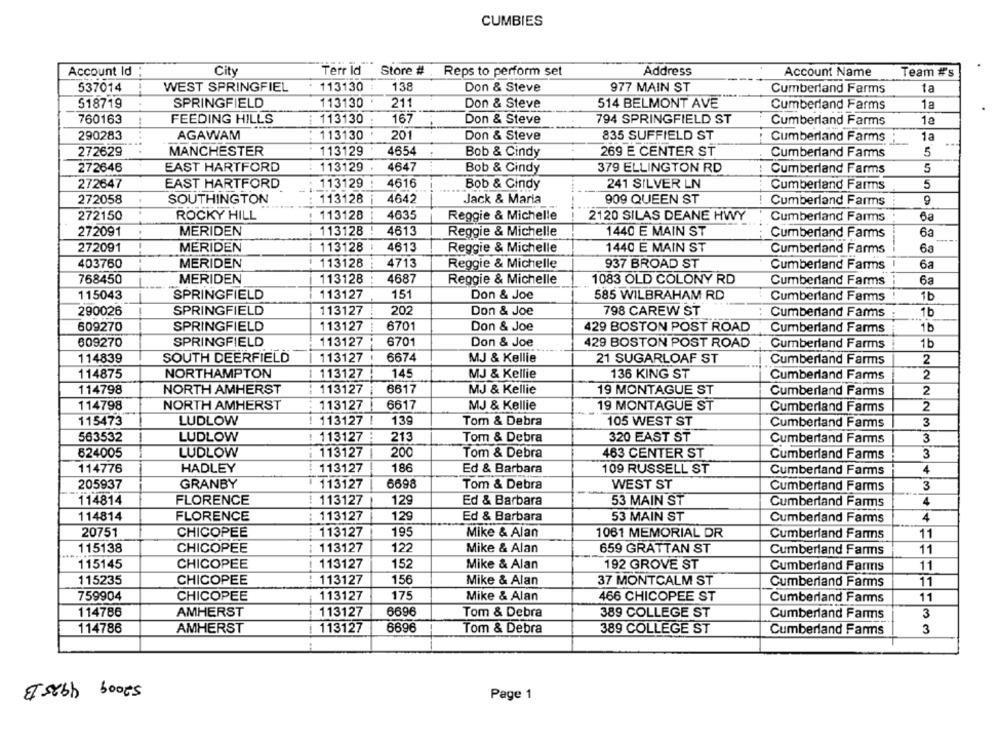
CUMBIES
Account Id
City
Terr Id
Store #
Reps to perform set
Address
Account Name
Team #s
537014
WEST SPRINGFIEL
113130
138
Don & Steve
977 MAIN ST
1a
Cumberland Farms
518719
SPRINGFIELD
113130
Don & Steve
514 BELMONT AVE
1a
211
Cumberland Farms
760163
FEEDING HILLS
113130
Don & Steve
794 SPRINGFIELD ST
167
Cumberland Farms
1ª
290283
AGAWAM
113130
201
Don & Steve
835 SUFFIELD ST
Cumberland Farms
1a
272629
MANCHESTER
113129
4654
Bob & Cindy
269 E CENTER ST
Cumberland Farms
5
272646
EAST HARTFORD
113129
4647
Bob & Cindy
379 ELLINGTON RD
Cumberland Farms
5
272647
EAST HARTFORD
113129
4616
Bob & Cindy
241 SILVER LN
Cumberland Farms
5
272058
SOUTHINGTON
113128
4642
Jack & Maria
909 QUEEN ST
9
Cumberland Farms
272150
ROCKY HILL
113128
4635
Reggie & Michelle
2120 SILAS DEANE HWY
Cumberland Farms
6a
272091
MERIDEN
:113128
4613
Reggie & Michelle
1440 E MAIN ST
Cumberland Farms
63
272091
MERIDEN
113128
4613
Reggie & Michelle
1440 E MAIN ST
Cumberland Farms
6a
403760
MERIDEN
113128
4713
Reggie & Michelle
937 BROAD ST
Cumberland Farms
6a
768450
MERIDEN
113128
4687
Reggie & Michelle
1083 OLD COLONY RD
Cumberland Farms
6a
115043
SPRINGFIELD
113127
151
Don & Joe
585 WILBRAHAM RD
Cumberland Farms
1b
290026
SPRINGFIELD
113127
202
Don & Joe
798 CAREW ST
Cumberland Farms
1b
609270
SPRINGFIELD
113127
6701
Don & Joe
429 BOSTON POST ROAD
Cumberland Farms
1b
609270
SPRINGFIELD
113127
6701
Don & Joe
429 BOSTON POST ROAD
Cumberland Farms
1b
114839
SOUTH DEERFIELD
113127
6674
MJ & Kellie
21 SUGARLOAF ST
Cumberland Farms
2
114875
NORTHAMPTON
113127
145
MJ & Kellie
136 KING ST
Cumberland Farms
2
114798
NORTH AMHERST
113127
6617
MJ & Kellie
19 MONTAGUE ST
Cumberland Farms
2
114798
NORTH AMHERST
113127
6617
MJ & Kellie
19 MONTAGUE ST
Cumberland Farms
2
115473
LUDLOW
113127
139
Tom & Debra
105 WEST ST
Cumberland Farms
3
563532
LUDLOW
113127
213
Tom & Debra
320 EAST ST
3
Cumberland Farms
113127
200
3
624005
LUDLOW
Tom & Debra
463 CENTER ST
Cumberland Farms
HADLEY
113127
186
114776
Ed & Barbara
109 RUSSELL ST
Cumberland Farms
4
205937
GRANBY
113127
6698
Tom & Debra
WEST ST
Cumberland Farms
3
114814
FLORENCE
113127
129
Ed & Barbara
53 MAIN ST
Cumberland Farms
4
114814
FLORENCE
113127
129
Ed & Barbara
53 MAIN ST
Cumberland Farms
4
20751
CHICOPEE
113127
195
Mike & Alan
1061 MEMORIAL DR
11
Cumberland Farms
115138
CHICOPEE
113127
122
Mike & Alan
659 GRATTAN ST
11
Cumberland Farms
115145
CHICOPEE
113127
152
Mike & Alan
192 GROVE ST
Cumberland Farms
11
115235
CHICOPEE
113127
156
Mike & Alan
37 MONTCALM ST
Cumberland Farms
11
759904
CHICOPEE
113127
175
Mike & Alan
466 CHICOPEE ST
Cumberland Farms
11
114786
AMHERST
113127
6696
Tom & Debra
389 COLLEGE ST
Cumberland Farms
3
114786
AMHERST
| 113127
6696
Tom & Debra
389 COLLEGE ST
Cumberland Farms
3
Trebh boots
Page 1